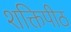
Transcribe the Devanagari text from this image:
शक्तिपीठ